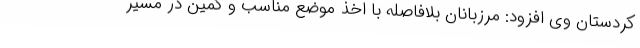
کردستان وی افزود: مرزبانان بلافاصله با اخذ موضع مناسب و کمین در مسیر